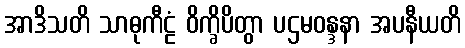
အာဒိသတိ သာဓုကီဠံ ဝိက္ခိပိတွာ ပဌမဝန္ဒနာ အပနီယတိ